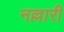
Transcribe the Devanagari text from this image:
नल्लारी